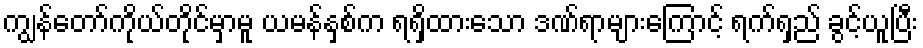
ကျွန်တော်ကိုယ်တိုင်မှာမူ ယမန်နှစ်က ရရှိထားသော ဒဏ်ရာများကြောင့် ရက်ရှည် ခွင့်ယူပြီး